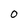
Character: O